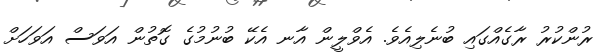
ރުންކުރު ރާގެއްގައި ބުނެލިއެވެ. އެވްލީން އާނ އެކޭ ބުނުމުގެ ގޮތުން އަވަސް އަވަހަށް